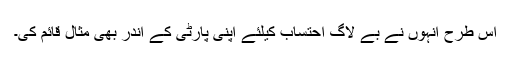
اس طرح انہوں نے بے لاگ احتساب کیلئے اپنی پارٹی کے اندر بھی مثال قائم کی۔